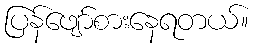
ပြန်ဖျော်စားနေရတယ်။